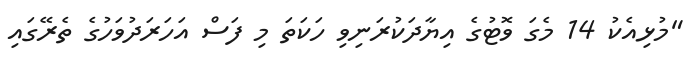
"މުޅިއެކު 14 މެގަ ވޮޓުގެ އިޔާދަކުރަނިވި ހަކަތަ މި ފަސް އަހަރަދުވަހުގެ ތެރޭގައި